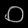
Digit: ၀